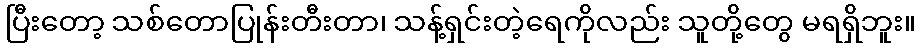
ပြီးတော့ သစ်တောပြုန်းတီးတာ၊ သန့်ရှင်းတဲ့ရေကိုလည်း သူတို့တွေ မရရှိဘူး။